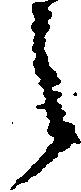
之